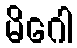
မိဂေါ